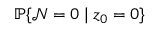
\mathbb { P } \{ \mathcal { N } = 0 \mid z _ { 0 } = 0 \}